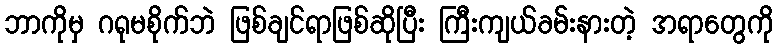
ဘာကိုမှ ဂရုမစိုက်ဘဲ ဖြစ်ချင်ရာဖြစ်ဆိုပြီး ကြီးကျယ်ခမ်းနားတဲ့ အရာတွေကို